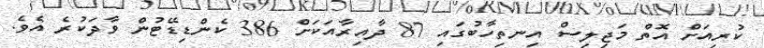
ކުރިއަށް އޮތް މަޖިލިސް އިނތިހާބުގައި 87 ދާއިރާއަކަށް 386 ކެންޑިޑޭޓުން ވާދަކުރެ އެވެ.